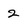
Character: 2